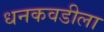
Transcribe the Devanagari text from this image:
धनकवडीला